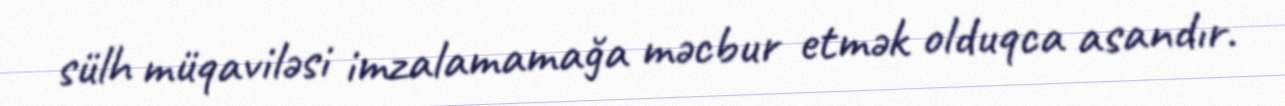
sülh müqaviləsi imzalamamağa məcbur etmək olduqca asandır.